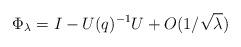
LaTeX: \begin{align*}\Phi_\lambda = I - U(q)^{-1} U + O(1/\sqrt\lambda)\end{align*}